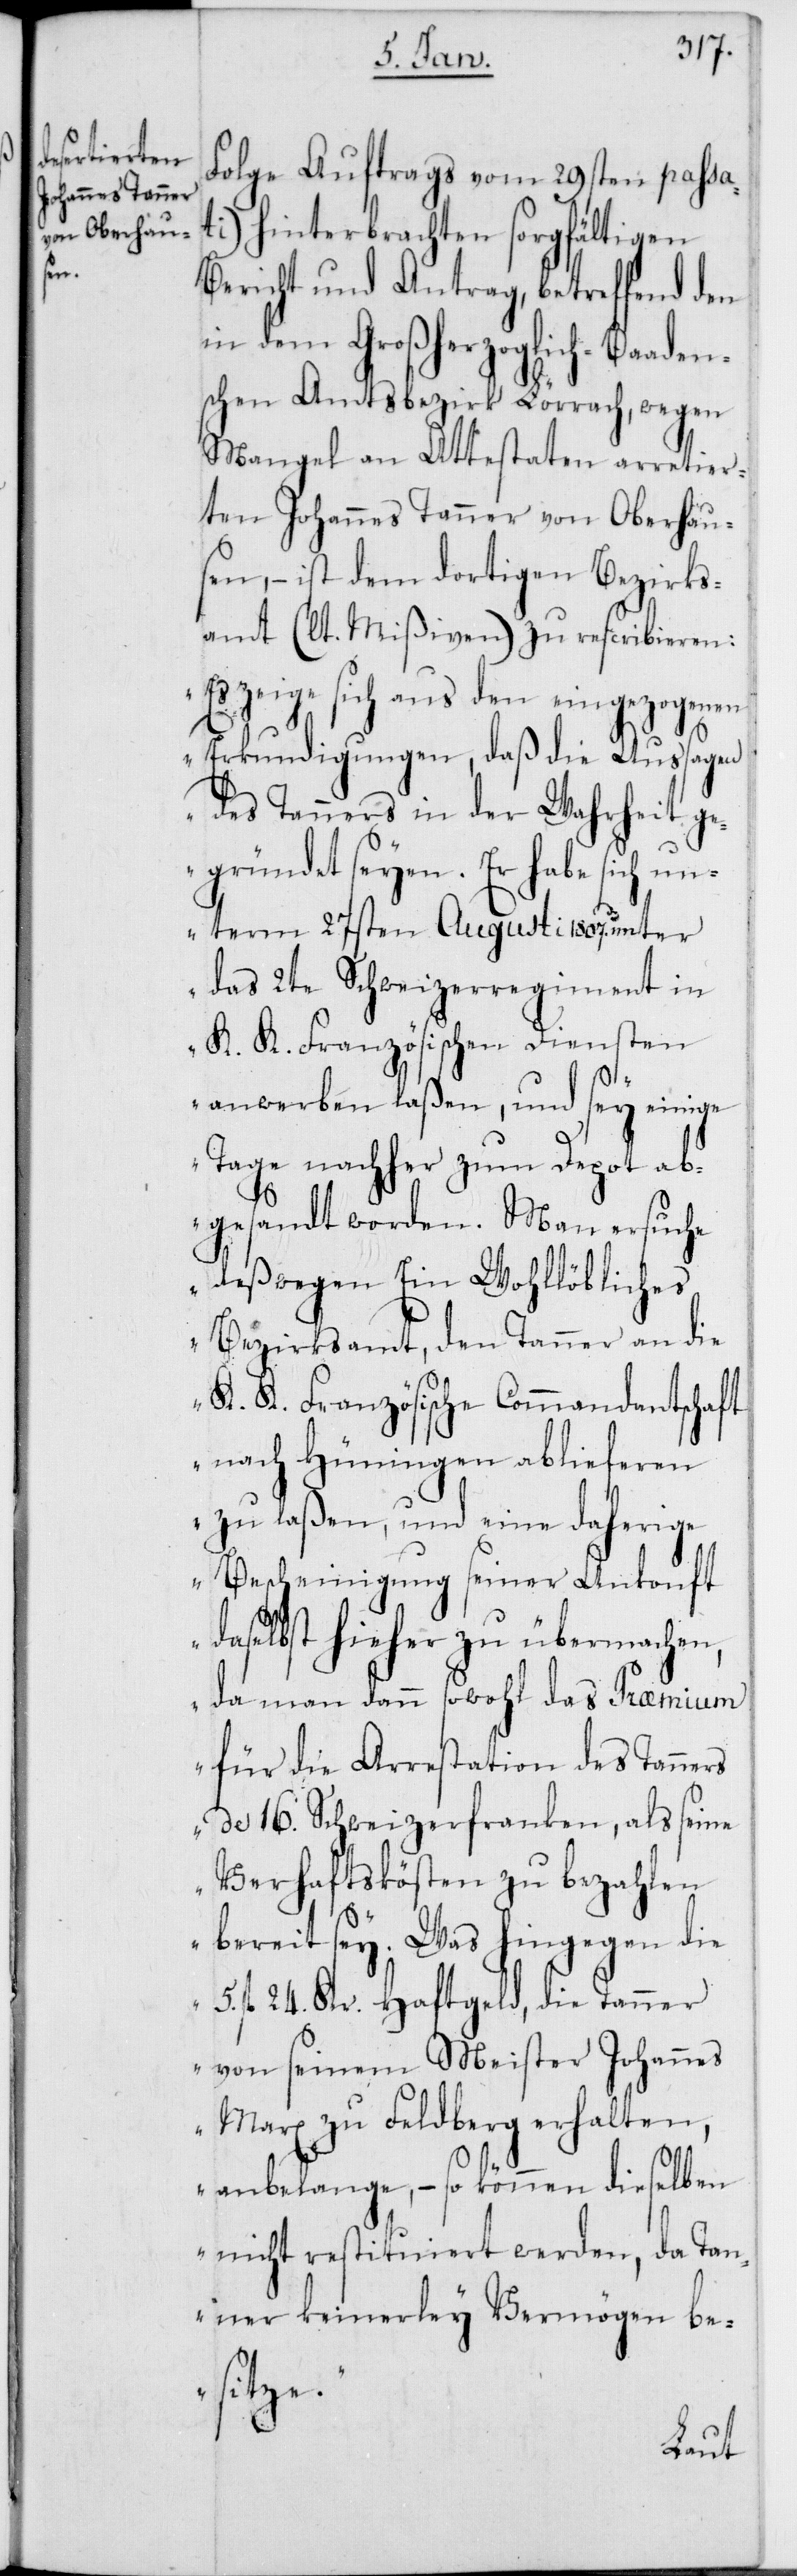
Folge Auftrags vom 29sten passa¬
ti) hinterbrachten sorgfältigen
Bericht und Antrag, betreffend den
in dem Großherzoglich-Baaden¬
schen Amtsbezirk Lörrach, wegen
Mangel an Attestaten arretier¬
ten Johannes Tanner von Oberhau¬
sen, – ist dem dortigen Bezirks¬
amt (lt. Mißiven) zu rescribieren:
„Es zeige sich aus den eingezogenen
Erkundigungen, daß die Aussagen
des Tanners in der Wahrheit ge¬
gründet seyen. Er habe sich un¬
term 27sten Augusti 1807. unter
das 2te Schweizerregiment in
K. K. Französischen Diensten
anwerben laßen, und sey einige
Tage nachher zum Depot ab¬
gesandt worden. Man ersuche
deßwegen Ein Wohllöbliches
Bezirksamt, den Tanner an die
K. K. Französische Commandantschaft
nach Hüningen ablieferen
zu laßen, und eine daherige
Bescheinigung seiner Ankonft
daselbst hieher zu übermachen,
da man dann sowohl das Præmium
für die Arrestation des Tanners
de 16. Schweizerfranken, als seine
Verhaftskösten zu bezahlen
bereit sey. Was hingegen die
5. fl. 24. Kr. Haftgeld, die Tanner
von seinem Meister Johannes
Marx zu Feldberg erhalten,
anbelange, – so können dieselben
nicht restituiert werden, da Tan¬
ner keinerley Vermögen be¬
sitze.“